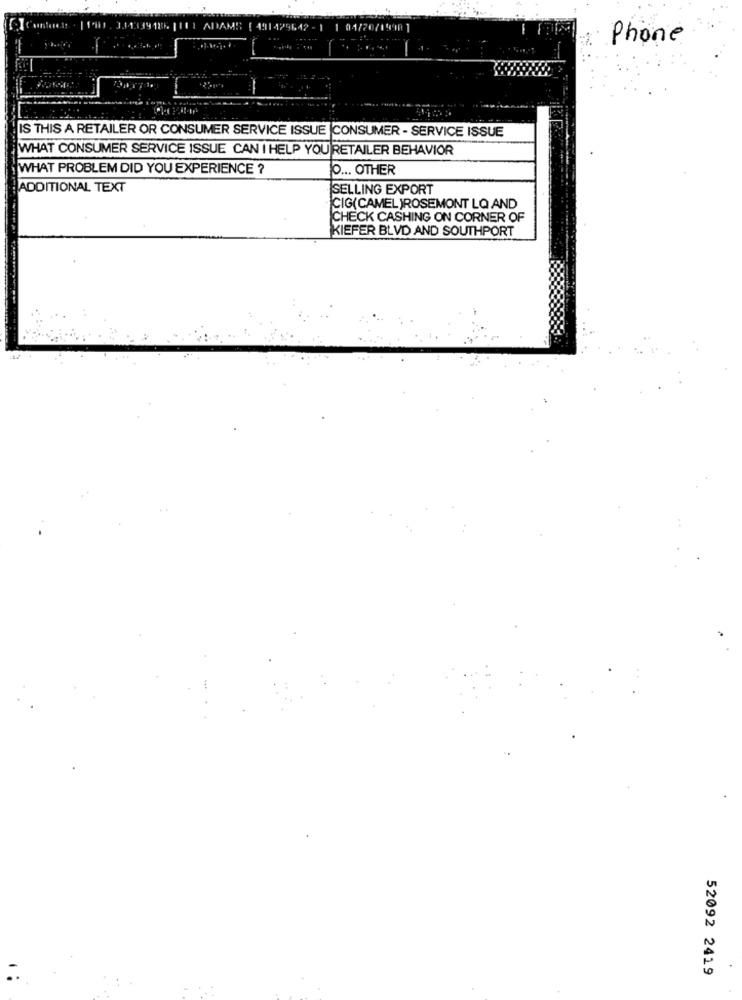
01/2
Phone
IS THIS A RETAILER OR CONSUMER SERVICE ISSUE |CONSUMER - SERVICE ISSUE
WHAT CONSUMER SERVICE ISSUE CAN I HELP YOU RETAILER BEHAVIOR
WHAT PROBLEM DID YOU EXPERIENCE ?
O ... OTHER
ADDITIONAL TEXT
SELLING EXPORT
CIG(CAMEL )ROSEMONT LQ AND
CHECK CASHING ON CORNER OF
KIEFER BLVD AND SOUTHPORT
52092 2419